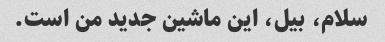
سلام، بیل، این ماشین جدید من است.